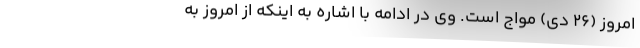
امروز (۲۶ دی) مواج است. وی در ادامه با اشاره به اینکه از امروز به